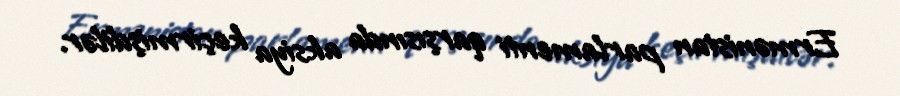
Ermənistan parlamenti qarşısında aksiya keçirmişdilər.